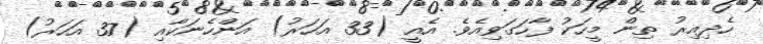
ހެދިއިރު ތިން މީހަކު ފާހަގަވިއެވެ. އެއީ (33 އަހަރު) އަންހެނަކާއި (37 އަހަރު)